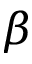
\beta